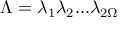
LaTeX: \Lambda = \lambda _ { 1 } \lambda _ { 2 } . . . \lambda _ { 2 \Omega }